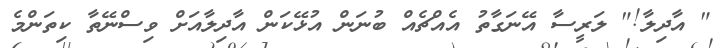
" އާދިލާ!" ލަރީސާ އޭނަގާތު އެއްޗެއް ބުނަން އުޅޭކަން އާދިލާއަށް ވިސްނޭތާ ކިތަންމެ